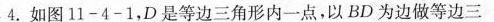
★4.如图11-4-1，D是等边三角形内一点，以BD为边做等边三